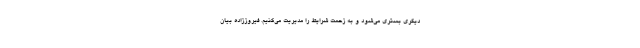
دیگری بستری می‌شود و به زحمت شرایط را مدیریت می‌کنیم. فیروززاده بیان